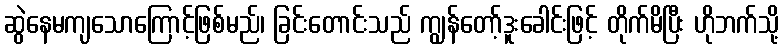
ဆွဲနေမကျသောကြောင့်ဖြစ်မည်၊ ခြင်းတောင်းသည် ကျွန်တော့်ဒူးခေါင်းဖြင့် တိုက်မိပြီး ဟိုဘက်သို့